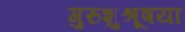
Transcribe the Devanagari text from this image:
गुरुशुश्रूषया